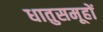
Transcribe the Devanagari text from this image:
धातुसमूहों